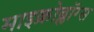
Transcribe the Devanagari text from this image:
माइक्रोब्लॉग्स